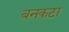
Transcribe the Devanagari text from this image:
बनकटा